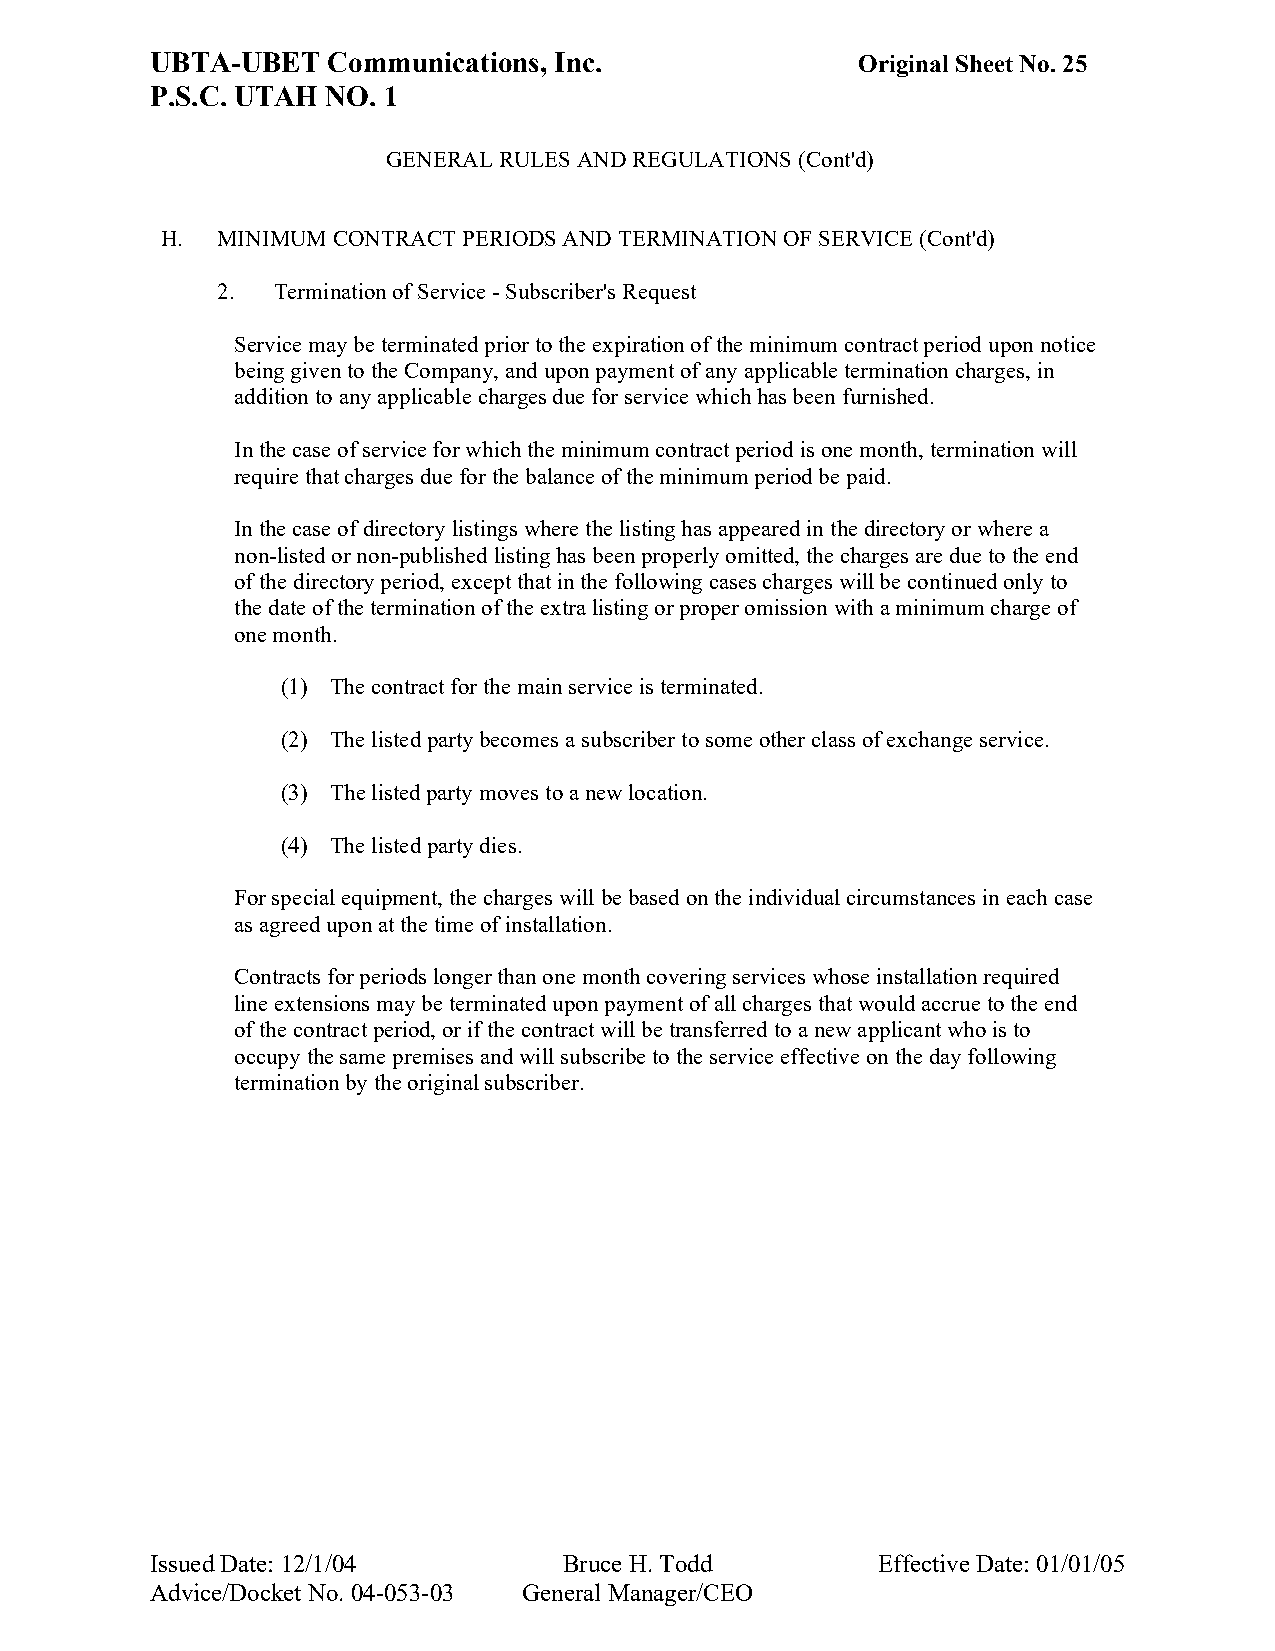
UBTA-UBET   Communications, Inc.               Original Sheet No. 25
 P.S.C. UTAH NO. 1
 GENERAL RULES AND REGULATIONS (Cont'd)
 H. MINIMUM CONTRACT PERIODS AND TERMINATION OF SERVICE (Cont'd)
 2.  Termination of Service - Subscriber's Request
 Service may be terminated prior to the expiration of the minimum contract period upon notice
 being given to the Company, and upon payment of any applicable termination charges, in
 addition to any applicable charges due for service which has been furnished.
 In the case of service for which the minimum contract period is one month, termination will
 require that charges due for the balance of the minimum period be paid.
 In the case of directory listings where the listing has appeared in the directory or where a
 non-listed or non-published listing has been properly omitted, the charges are due to the end
 of the directory period, except that in the following cases charges will be continued only to
 the date of the termination of the extra listing or proper omission with a minimum charge of
 one month.
 (1) The contract for the main service is terminated.
 (2) The listed party becomes a subscriber to some other class of exchange service.
 (3) The listed party moves to a new location.
 (4) The listed party dies.
 For special equipment, the charges will be based on the individual circumstances in each case
 as agreed upon at the time of installation.
 Contracts for periods longer than one month covering services whose installation required
 line extensions may be terminated upon payment of all charges that would accrue to the end
 of the contract period, or if the contract will be transferred to a new applicant who is to
 occupy the same premises and will subscribe to the service effective on the day following
 termination by the original subscriber.
 Issued Date: 12/1/04       Bruce H. Todd        Effective Date: 01/01/05
 Advice/Docket No. 04-053-03 General Manager/CEO